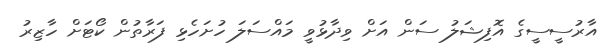
އާރުސީސީގެ އޮފިޝަލު ސަން އަށް ވިދާޅުވީ މައްސަލަ ހުށަހެޅި ފަރާތުން ކޯޓަށް ހާޒިރު